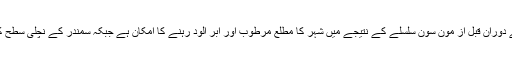
ڈائریکٹر محکمہ موسمیات عبدالرشید کے مطابق آئندہ آنے والے ہفتے کے دوران قبل از مون سون سلسلے کے نتیجے میں شہر کا مطلع مرطوب اور ابر آلود رہنے کا امکان ہے جبکہ سمندر کے نچلی سطح کے بادلوں کی وجہ سے صبح اور رات کے وقت بونداباندی کا امکان ہے۔